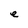
Character: e